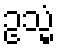
ဥသ္မံ